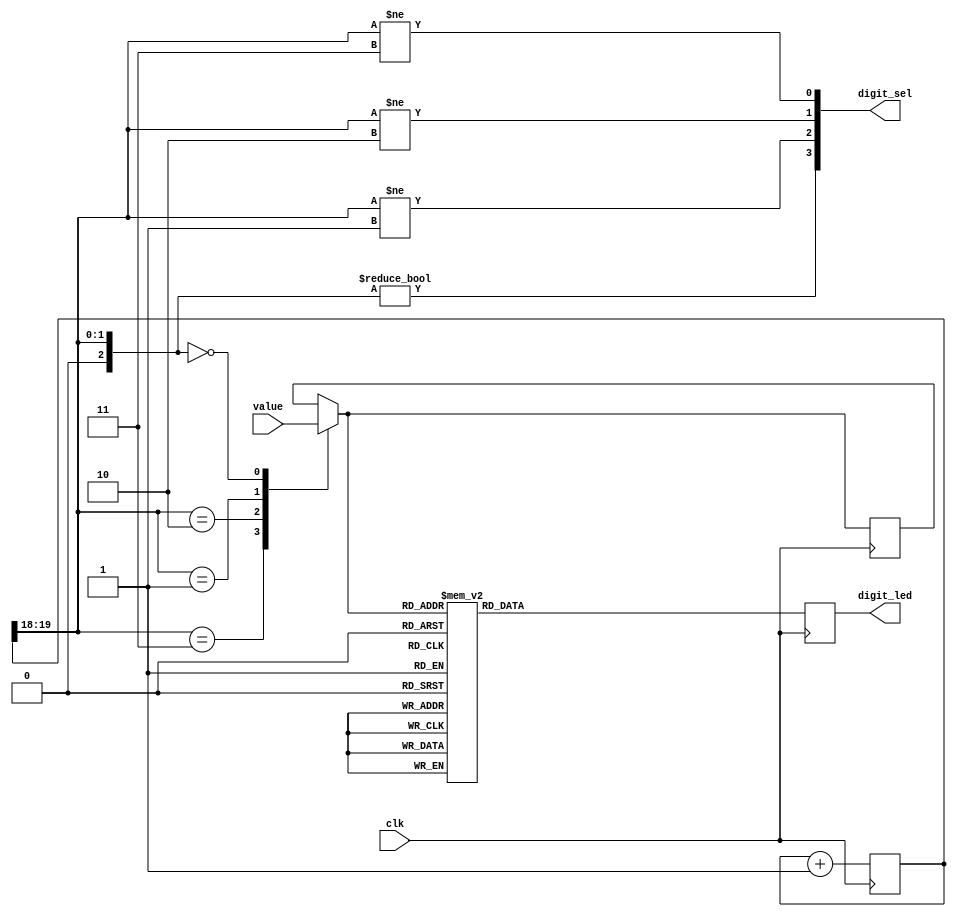
/*
  sbmips
  Copyright (C) 2017  StarBrilliant <m13253@hotmail.com>

  This program is free software: you can redistribute it and/or modify
  it under the terms of the GNU General Public License as published by
  the Free Software Foundation, either version 3 of the License, or
  (at your option) any later version.

  This program is distributed in the hope that it will be useful,
  but WITHOUT ANY WARRANTY; without even the implied warranty of
  MERCHANTABILITY or FITNESS FOR A PARTICULAR PURPOSE.  See the
  GNU General Public License for more details.

  You should have received a copy of the GNU General Public License
  along with this program.  If not, see <http://www.gnu.org/licenses/>.
*/

`timescale 1ns / 1ps
`default_nettype none

module led_drv(
    input wire clk, // 100 Mhz
    input wire [15:0] value,
    output reg [7:0] digit_led,
    output wire [3:0] digit_sel
    );

reg [19:0] clk_div;
initial
    clk_div = 0;
always @(posedge clk)
    clk_div = clk_div + 1;

wire [2:0] digit_idx = clk_div[19:18];

reg [3:0] digit;
always @(posedge clk) begin
    case (digit_idx)
        3: digit = value[15:12];
        2: digit = value[11:8];
        1: digit = value[7:4];
        0: digit = value[3:0];
    endcase
    case (digit)
        4'h0: digit_led = 8'b00000011;
        4'h1: digit_led = 8'b10011111;
        4'h2: digit_led = 8'b00100101;
        4'h3: digit_led = 8'b00001101;
        4'h4: digit_led = 8'b10011001;
        4'h5: digit_led = 8'b01001001;
        4'h6: digit_led = 8'b01000001;
        4'h7: digit_led = 8'b00011111;
        4'h8: digit_led = 8'b00000001;
        4'h9: digit_led = 8'b00001001;
        4'ha: digit_led = 8'b00010001;
        4'hb: digit_led = 8'b11000001;
        4'hc: digit_led = 8'b01100011;
        4'hd: digit_led = 8'b10000101;
        4'he: digit_led = 8'b01100001;
        4'hf: digit_led = 8'b01110001;
    endcase
end

assign digit_sel[3] = digit_idx != 0;
assign digit_sel[2] = digit_idx != 1;
assign digit_sel[1] = digit_idx != 2;
assign digit_sel[0] = digit_idx != 3;

endmodule